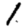
Digit: 1